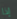
إذا